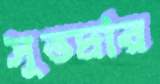
সুভদ্রার